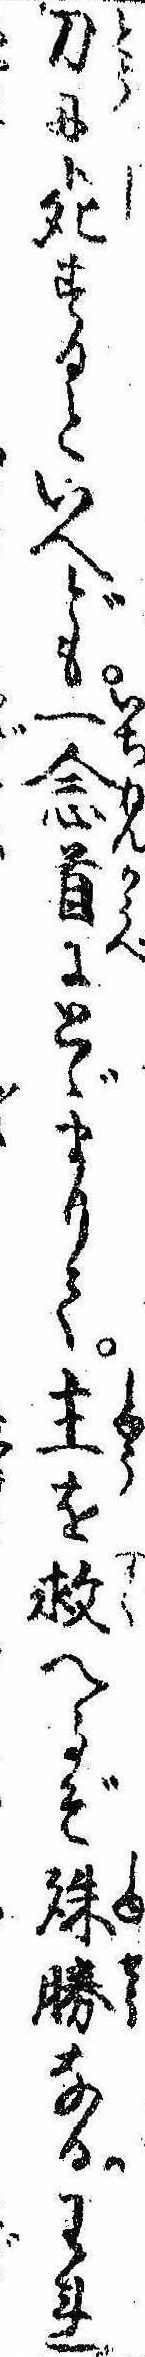
刀に死するといへども一念首にとゞまりて主を救へるぞ殊勝なるわれ